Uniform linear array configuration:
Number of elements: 32
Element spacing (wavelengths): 0.75
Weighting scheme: hamming
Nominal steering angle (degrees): -60
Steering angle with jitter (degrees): -60.674
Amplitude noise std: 0.05
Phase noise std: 0.05

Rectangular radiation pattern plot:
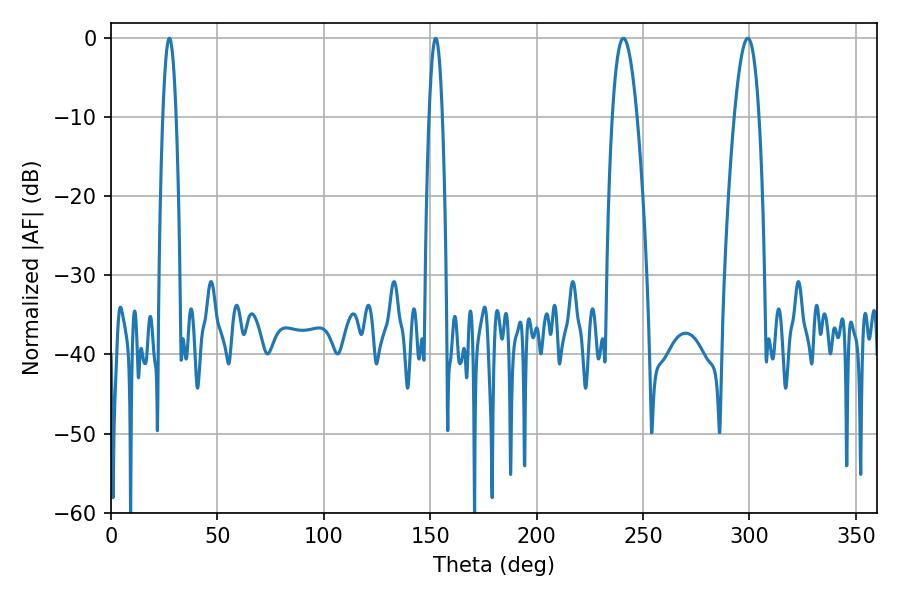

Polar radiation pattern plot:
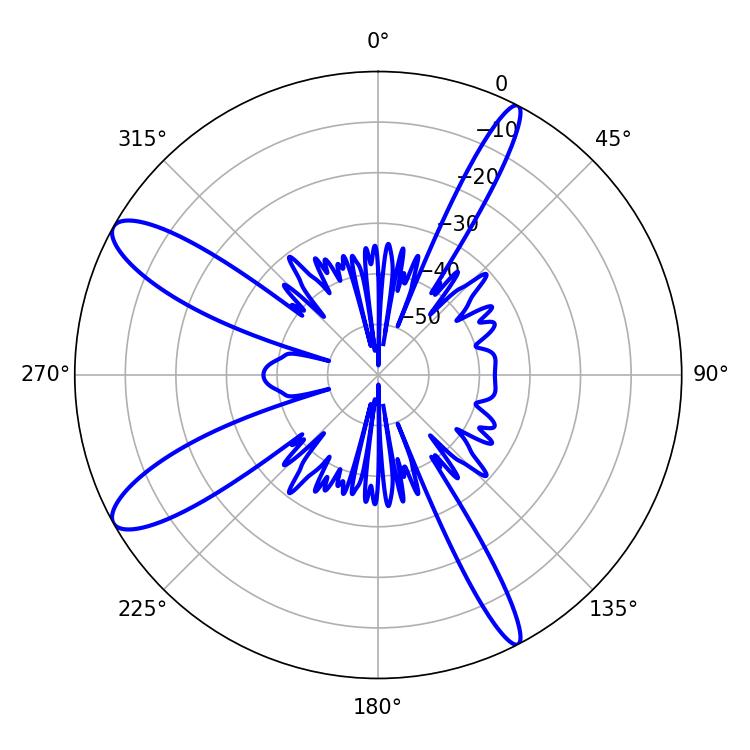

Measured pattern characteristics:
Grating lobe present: TRUE
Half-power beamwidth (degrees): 6.3
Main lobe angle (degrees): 299.16